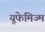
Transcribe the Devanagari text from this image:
यूफेमिज्म